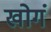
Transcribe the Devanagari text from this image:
खोगं